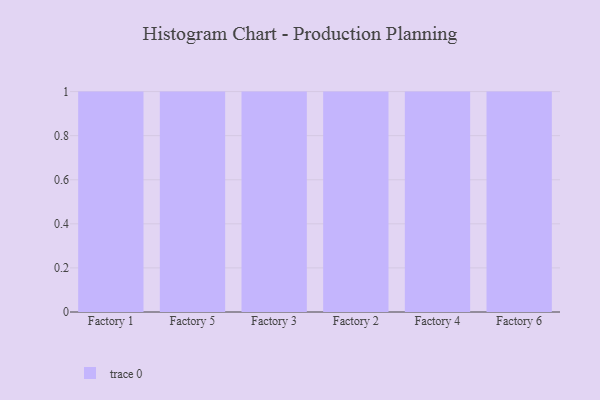
{"axis": {"x": "Factory", "y": "Inventory Turnover"}, "legend": [""], "data": [{"x": "Factory 1", "y": 79, "type": ""}, {"x": "Factory 5", "y": 36, "type": ""}, {"x": "Factory 3", "y": 81, "type": ""}, {"x": "Factory 2", "y": 11, "type": ""}, {"x": "Factory 4", "y": 70, "type": ""}, {"x": "Factory 6", "y": 70, "type": ""}]}